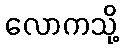
လောကသို့